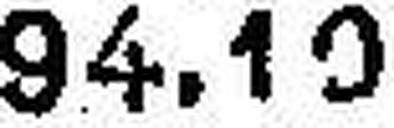
94.10